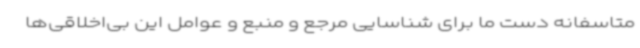
متاسفانه دست ما برای شناسایی مرجع و منبع و عوامل این بی‌اخلاقی‌ها